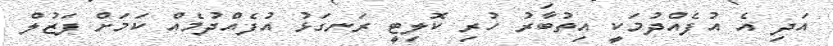
އަދި އެ އުފެއްދުމަކީ އިތުބާރު ހުރި ކޮލިޓީ ރަނގަޅު އުފެއްދުމެއް ކަމަށް ފަޒުލް